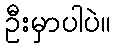
ဦးမှာပါပဲ။